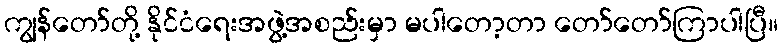
ကျွန်တော်တို့ နိုင်ငံရေးအဖွဲ့အစည်းမှာ မပါတော့တာ တော်တော်ကြာပါပြီ။